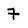
Character: 7